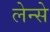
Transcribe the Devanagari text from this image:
लेन्से